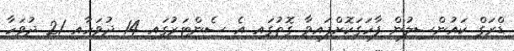
ޑްރަގް ކައުންސިލުން ފާހަގަކޮށްފައިވާ ގޮތުގައި އެ ސެންޓަރުގައި 14 ދުވަހާއި 21 ދުވަހާ